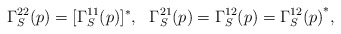
\begin{align*}\Gamma_S^{22}(p)=[\Gamma_S^{11}(p)]^*, \ \ \Gamma_S^{21}(p)= \Gamma_S^{12}(p)= {\Gamma_S^{12}(p)}^*,\end{align*}